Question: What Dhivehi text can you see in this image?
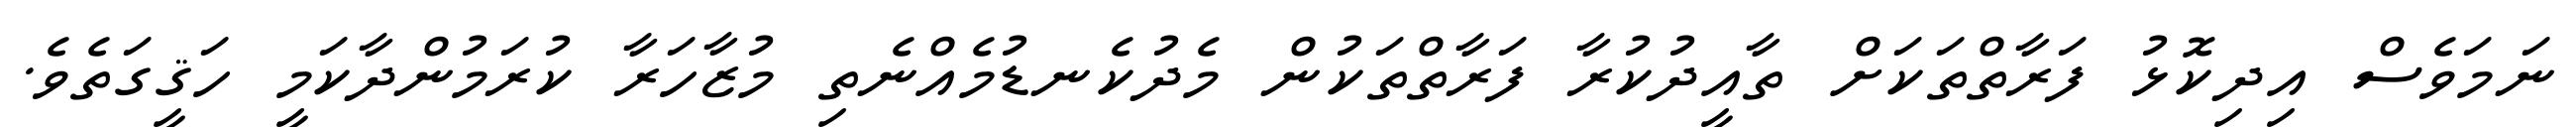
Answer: ނަމަވެސް އިދިކޮޅު ފަރާތްތަކަށް ތާއީދުކުރާ ފަރާތްތަކުން މެދުކެނޑުމެއްނެތި މުޒާހަރާ ކުރަމުންދާކަމީ ހަޤީގަތެވެ.